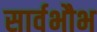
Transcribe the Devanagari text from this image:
सार्वभौभ